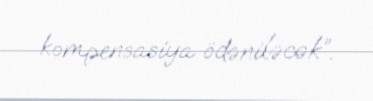
kompensasiya ödəniləcək”.